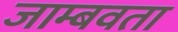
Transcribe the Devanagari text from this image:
जाम्बवता